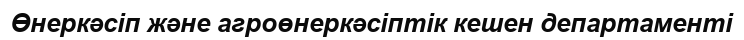
Өнеркәсіп және агроөнеркәсіптік кешен департаменті